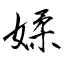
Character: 媃